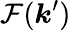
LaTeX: \mathcal{F}(\boldsymbol{k}^{\prime})